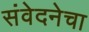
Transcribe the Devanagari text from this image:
संवेदनेचा